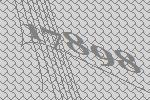
17898